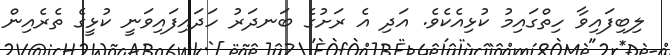
ލިބިފައިވާ ހިތްގައިމު ކުޅިއެކެވެ. އަދި އެ ރަށުގެ ބަނދަރު ހަދައިފައިވަނީ ކުޅީގެ ތެރެއިން